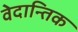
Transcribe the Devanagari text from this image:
वेदान्तिक